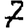
Digit: 7